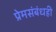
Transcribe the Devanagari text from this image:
प्रेमसंबंधही